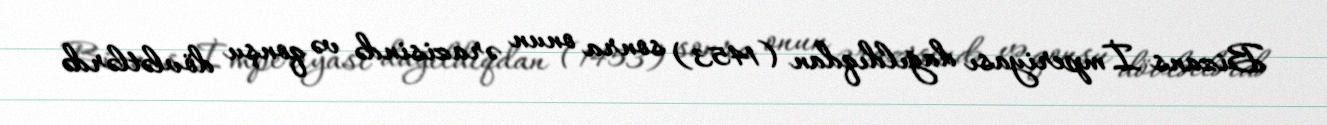
Bizans İmperiyası dağıldıqdan (1453) sonra onun ərazisində və qonşu dövlətlərdə